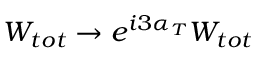
W _ { t o t } \rightarrow e ^ { i 3 \alpha _ { T } } W _ { t o t }